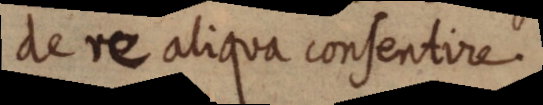
de re aliqua consentire.